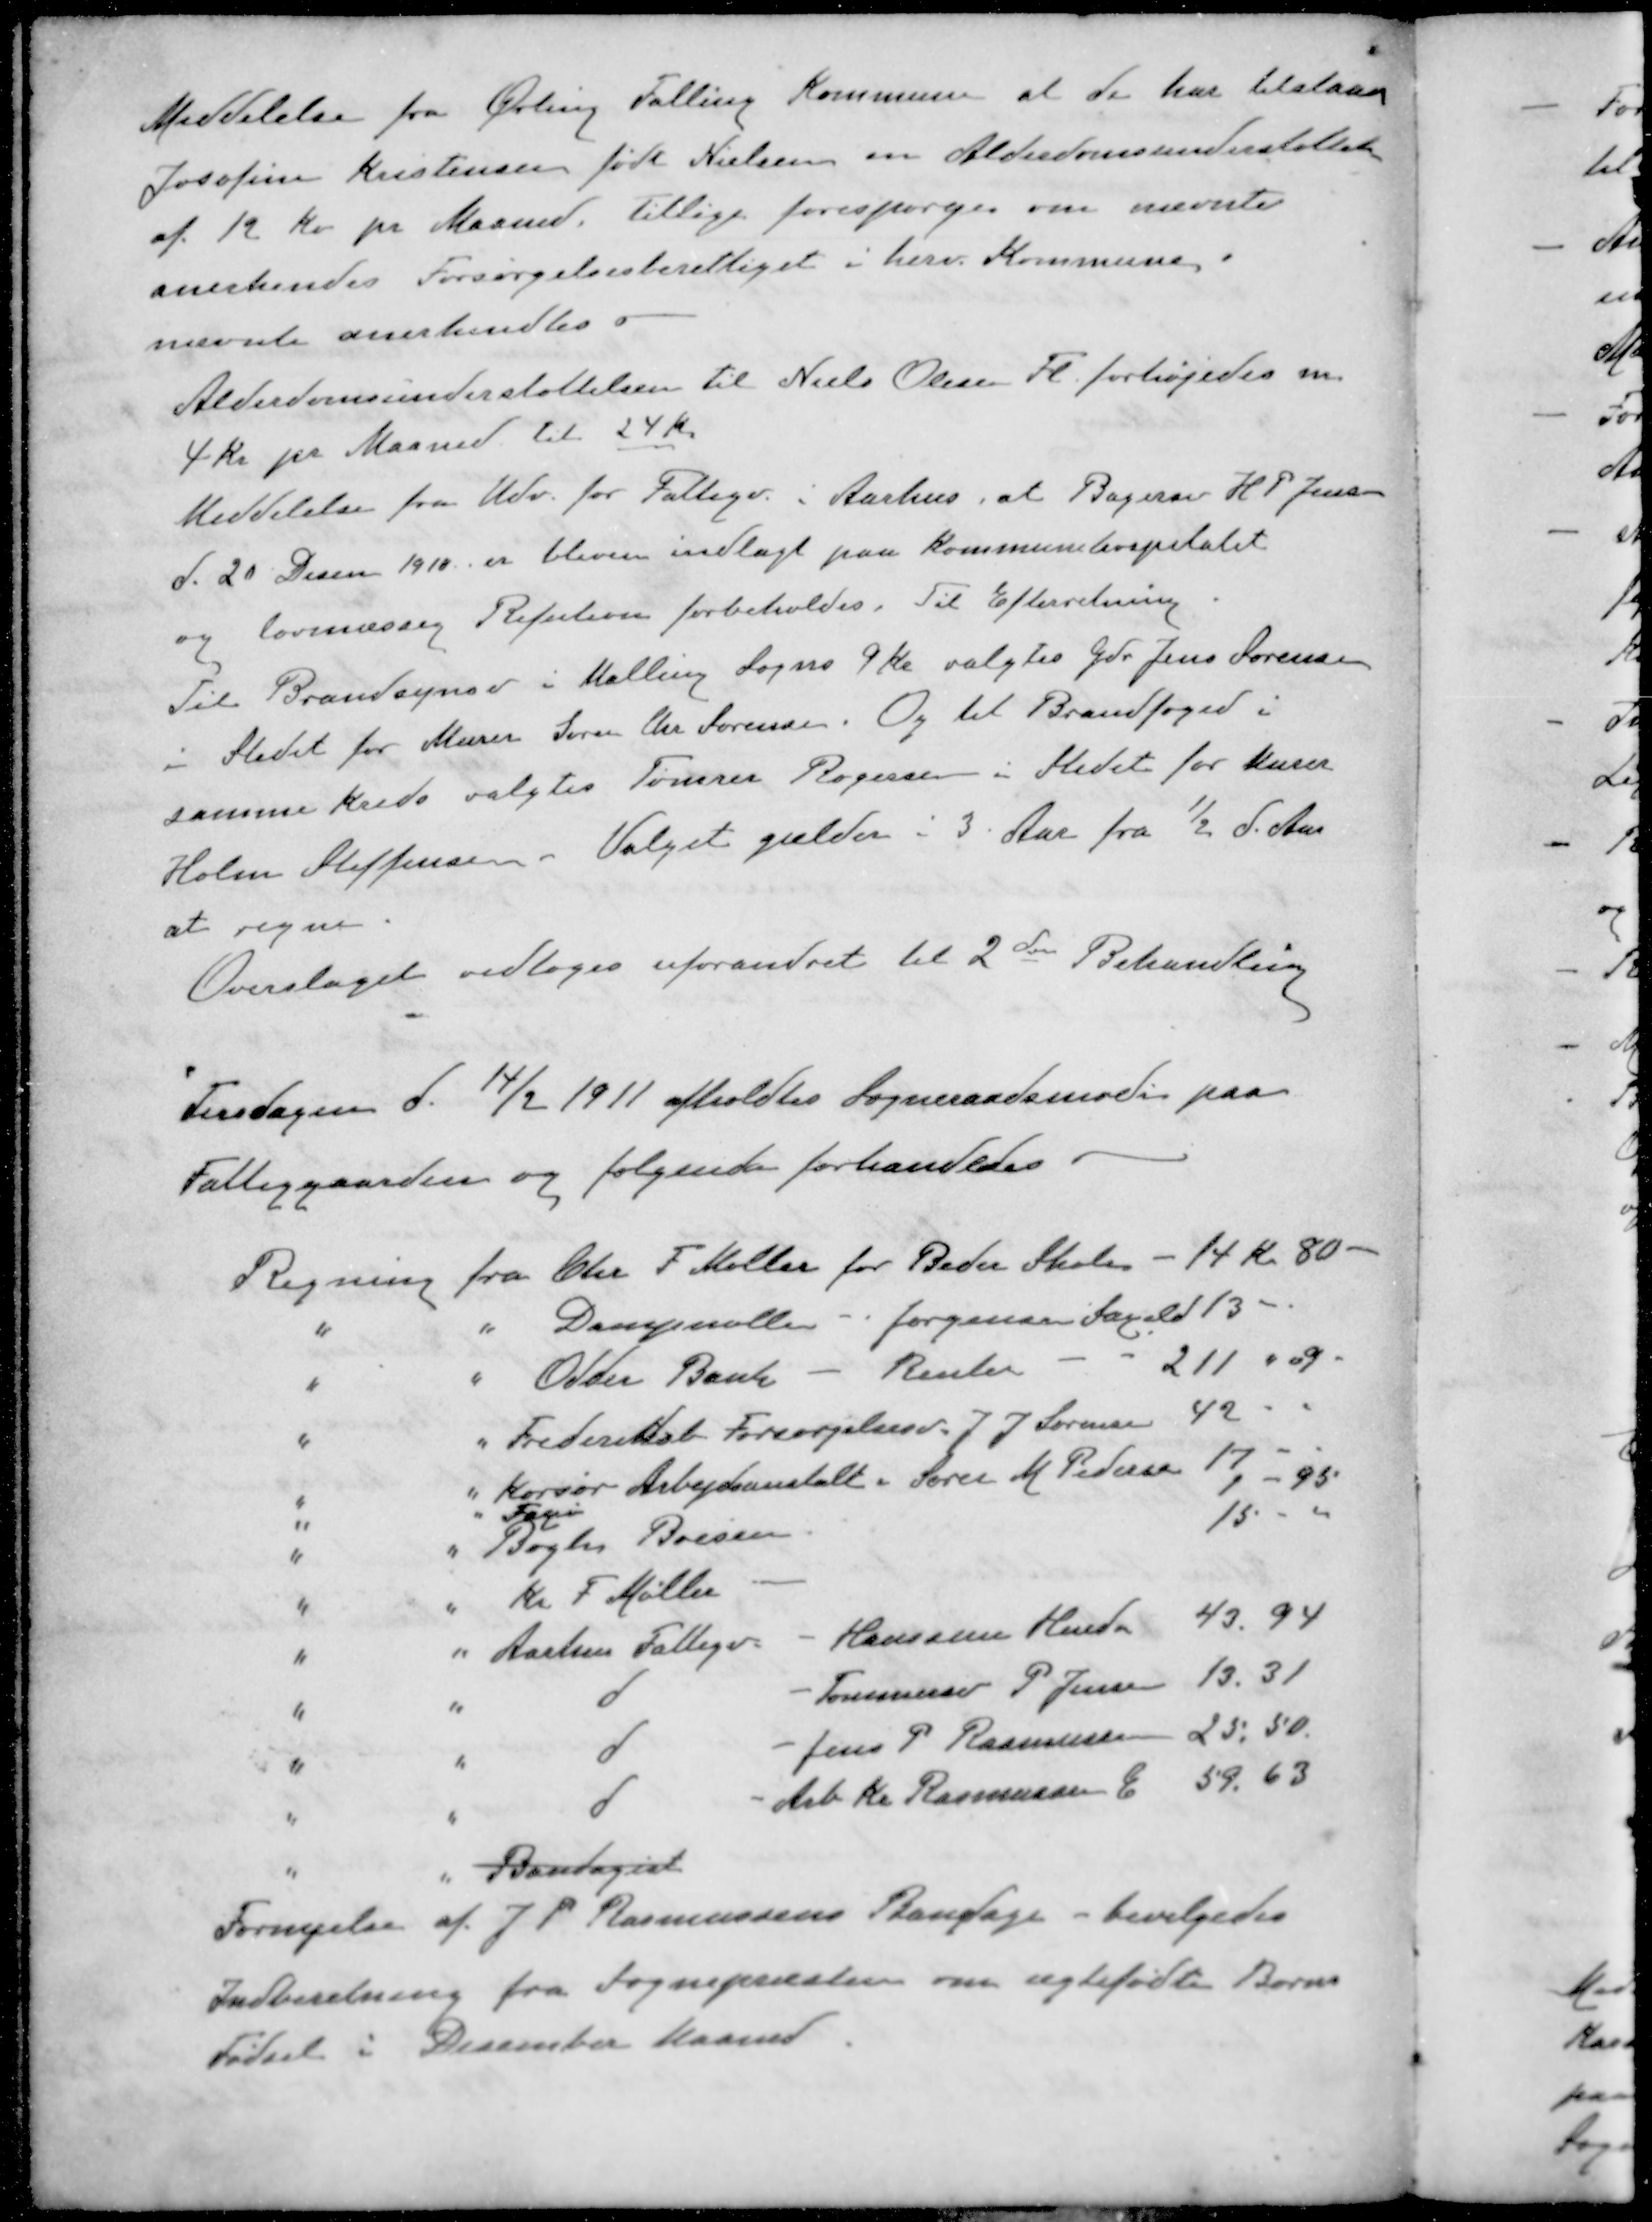
Transskription:
Meddelelse fra Ørting Falling Kommune at de har tilstaan
Josofine Kristensen født Nielsen en Alderdomsunderstøttelse
af 12 Kr pr Maaned Tillige forespørger om nævnte
anerkendes Forsørgelsesberettiget i herv. Kommune.
nævnte anerkendtes
Alderdomsunderstøttelsen til Niels Olesen Fl. forhøjedes m
4 kr pr Maaned til 24 Kr
Meddelelse fra Udv. for Fattigv. i Aarhus, at Bagersv H. P. Jensen
d. 20 Decm 1910 er bleven indlagt paa Kommunehospitalet
og lovmæssig Refution forbeholdes. Til Efterretning
Til Brandsynsv i Malling Sogns 9 Kr valgtes Gdr. Jens Sørensen
i Stedet for Murer Søren Chr Sørensen. Og til Brandfoged i
samme Kreds valgtes Tømrer Rogersen i Stedet for Murer
Holm Steffensen. Valget gælder i 3 Aar fra ½ d. Aar
at regne
Overslaget vedtoges uforandret til 2den Behandling
Tirsdagen d. 14/2 1911 afholdtes Sogneraadsmøde paa
Fattiggaarden og følgende forhandledes.
Regning fra Chr. F. Møller for Beder Skole - 14 Kr. 80 -
" " Dampmøllen - Jørgensen Saxild 13 - 
" " Odder Bank - Renter 211-09.
" " Frederiksb. Forsørgelsesv. J. J. Sørensen 42 - 
" " Korsør Arbejdsanstalt Søren M Pedersen 17-95
" " Fanø 1
" " Bogh Boesen 15-
" " Kr. F. Møller
" " Aarhus Fattigv - Hansine Hude 43,94
" " d - Tømmersv P Jensen 13.31
" " d - Jens P Rasmussen 25,50.
" " d - Arb Kr. Rasmussen E 59.63
" " Bandagist
Fornyelse af J. P. Rasmussens Bandage - bevilgedes
Indberetning fra Sognepræsten om ægtefødte Børns
Fødsel i December Maaned.